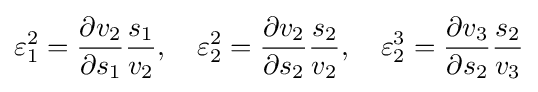
\varepsilon _{1}^{2}={\frac {\partial v_{2}}{\partial s_{1}}}{\frac {s_{1}}{v_{2}}},\quad \varepsilon _{2}^{2}={\frac {\partial v_{2}}{\partial s_{2}}}{\frac {s_{2}}{v_{2}}},\quad \varepsilon _{2}^{3}={\frac {\partial v_{3}}{\partial s_{2}}}{\frac {s_{2}}{v_{3}}}